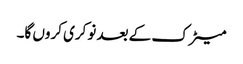
میٹرک کے بعد نوکری کروں گا۔